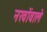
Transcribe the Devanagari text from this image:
नखोंवाले